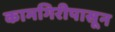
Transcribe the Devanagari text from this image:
कामगिरीपासून